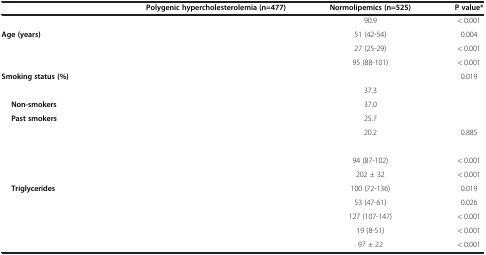
<table><thead><tr><td>[EMPTY_CELL]</td><td><b>Polygenic hypercholesterolemia (n=477)</b></td><td><b>Normolipemics (n=525)</b></td><td><b>P value*</b></td></tr></thead><tbody><tr><td>[EMPTY_CELL]</td><td>[EMPTY_CELL]</td><td>90.9</td><td>&lt; 0.001</td></tr><tr><td><b>Age (years)</b></td><td>[EMPTY_CELL]</td><td>51 (42-54)</td><td>0.004</td></tr><tr><td>[EMPTY_CELL]</td><td>[EMPTY_CELL]</td><td>27 (25-29)</td><td>&lt; 0.001</td></tr><tr><td>[EMPTY_CELL]</td><td>[EMPTY_CELL]</td><td>95 (88-101)</td><td>&lt; 0.001</td></tr><tr><td><b>Smoking status (%)</b></td><td>[EMPTY_CELL]</td><td>[EMPTY_CELL]</td><td>0.019</td></tr><tr><td>[EMPTY_CELL]</td><td>[EMPTY_CELL]</td><td>37.3</td><td>[EMPTY_CELL]</td></tr><tr><td><b>Non-smokers</b></td><td>[EMPTY_CELL]</td><td>37.0</td><td>[EMPTY_CELL]</td></tr><tr><td><b>Past smokers</b></td><td>[EMPTY_CELL]</td><td>25.7</td><td>[EMPTY_CELL]</td></tr><tr><td>[EMPTY_CELL]</td><td>[EMPTY_CELL]</td><td>20.2</td><td>0.885</td></tr><tr><td>[EMPTY_CELL]</td><td>[EMPTY_CELL]</td><td>[EMPTY_CELL]</td><td>[EMPTY_CELL]</td></tr><tr><td>[EMPTY_CELL]</td><td>[EMPTY_CELL]</td><td>94 (87-102)</td><td>&lt; 0.001</td></tr><tr><td>[EMPTY_CELL]</td><td>[EMPTY_CELL]</td><td>202 ± 32</td><td>&lt; 0.001</td></tr><tr><td><b>Triglycerides</b></td><td>[EMPTY_CELL]</td><td>100 (72-136)</td><td>0.019</td></tr><tr><td>[EMPTY_CELL]</td><td>[EMPTY_CELL]</td><td>53 (47-61)</td><td>0.026</td></tr><tr><td>[EMPTY_CELL]</td><td>[EMPTY_CELL]</td><td>127 (107-147)</td><td>&lt; 0.001</td></tr><tr><td>[EMPTY_CELL]</td><td>[EMPTY_CELL]</td><td>19 (8-51)</td><td>&lt; 0.001</td></tr><tr><td>[EMPTY_CELL]</td><td>[EMPTY_CELL]</td><td>97 ± 22</td><td>&lt; 0.001</td></tr></tbody></table>